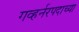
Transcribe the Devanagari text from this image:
गव्हर्नरपदाच्या